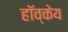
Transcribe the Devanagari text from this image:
हॉव्केय